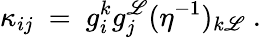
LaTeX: \kappa_{ij}~=~g_{i}^{k}g_{j}^{\mathscr{L}}(\eta^{-1})_{k\mathscr{L}}~.